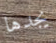
يجدها